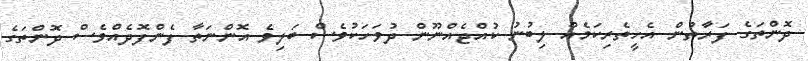
ދޮންތަގެ ފަރާތުން އެހީތެރިކަމެއް ލިބުނު ކުއްޖެއްނޫން ދުވަހަކުވެސް ބަލިވެ އޮންނަތާ ފެންފޮދެއްވެސް ދޮންތަގެ